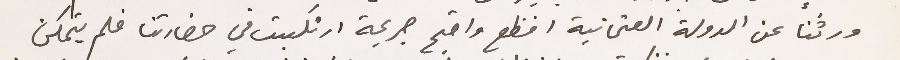
ورثنا عن الدولة العثمانية افظع واقبح جريمة ارتكبت في حضارتنا فلم يتمكن